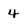
Character: 4